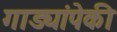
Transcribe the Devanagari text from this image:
गाड्यांपेकी